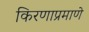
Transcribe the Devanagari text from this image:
किरणाप्रमाणे